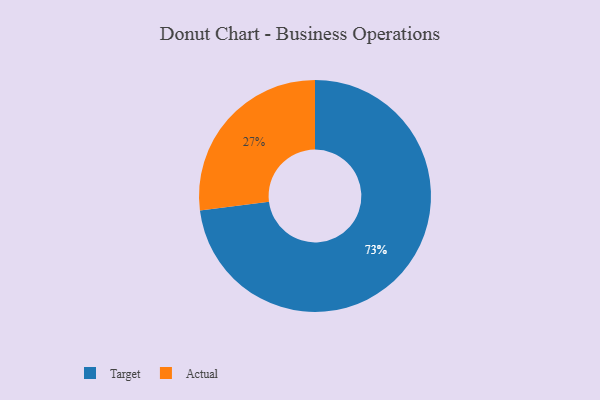
{"axis": {"x": "Category", "y": "Percentage"}, "legend": ["Actual", "Target"], "data": [{"x": "Target", "y": 73, "type": "Target"}, {"x": "Actual", "y": 27, "type": "Actual"}]}